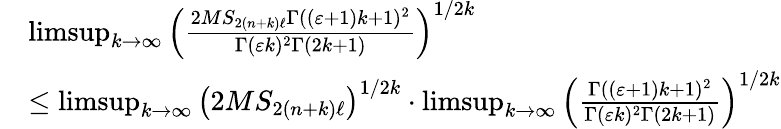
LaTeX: \begin{array}{rl}&{\operatorname*{limsup}_{k\to\infty}\left(\frac{2MS_{2(n+k)\ell}\Gamma((\varepsilon+1)k+1)^{2}}{\Gamma(\varepsilon k)^{2}\Gamma(2k+1)}\right)^{1/2k}}\\ &{\leq\operatorname*{limsup}_{k\to\infty}\left(2MS_{2(n+k)\ell}\right)^{1/2k}\cdot\operatorname*{limsup}_{k\to\infty}\left(\frac{\Gamma((\varepsilon+1)k+1)^{2}}{\Gamma(\varepsilon k)^{2}\Gamma(2k+1)}\right)^{1/2k}}\end{array}